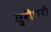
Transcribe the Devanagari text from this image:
धुरीधरो